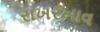
રાખરખાવ